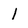
Character: l